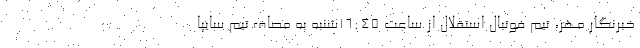
خبرنگار مهر، تیم فوتبال استقلال از ساعت ۱۶:۴۵شنبه به مصاف تیم سایپا